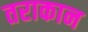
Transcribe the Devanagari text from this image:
तराकान